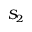
S _ { 2 }